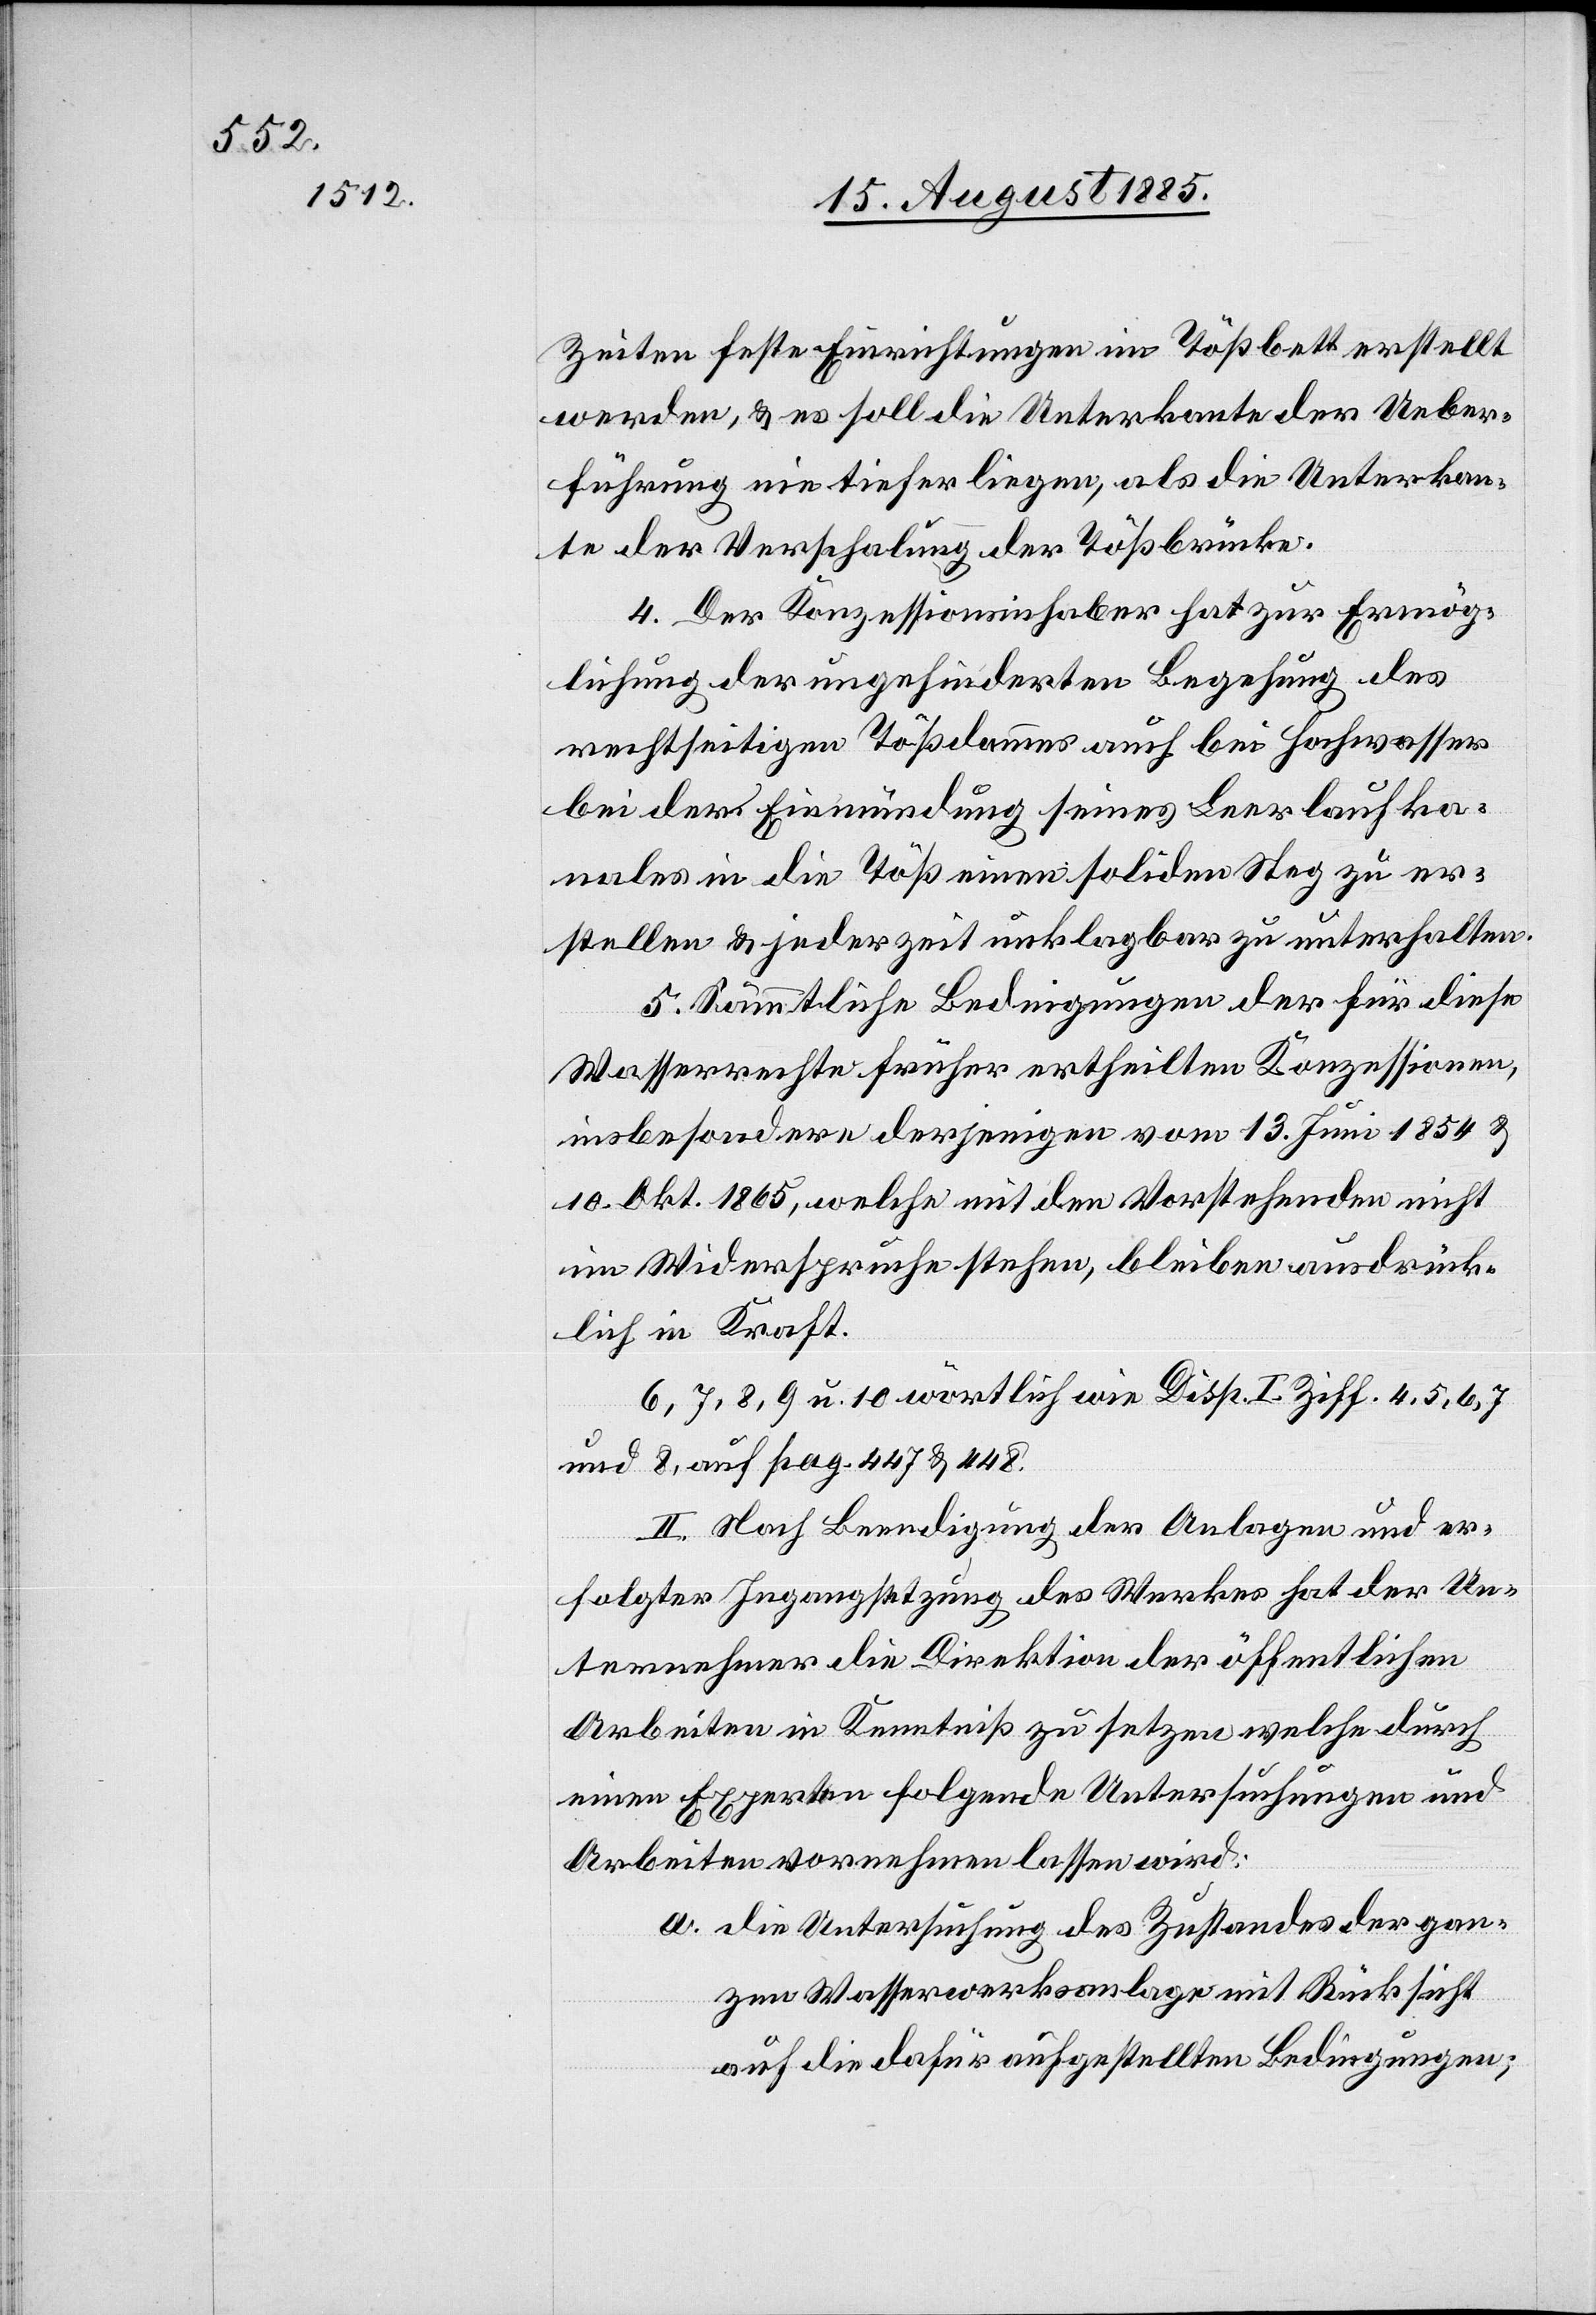
Zeiten feste Einrichtungen im Tößbett erstellt
werden, & es soll die Unterkante der Ueber¬
führung nie tiefer liegen, als die Unterkan¬
te der Verschalung der Tößbrücke.
4. Der Konzessionsinhaber hat zur Ermög¬
lichung der ungehinderten Begehung des
rechtseitigen Tößdammes auch bei Hochwasser
bei der Einmündung seines Leerlaufka¬
nales in die Töß einen soliden Steg zu er¬
stellen & jederzeit unklagbar zu unterhalten.
5. Sämmtliche Bedingungen der für diese
Wasserrecht früher ertheilten Konzessionen,
insbesondere derjenigen vom 13. Juni 1854 &
10. Okt. 1865, welche mit den Vorstehenden nicht
im Widerspruche stehen, bleiben ausdrück¬
lich in Kraft.
6, 7, 8, 9 u. 10 wörtlich wie Disp. I. Ziff. 4, 5, 6, 7,
und 8, auf pag. 447 & 448.
II. Nach Beendigung der Anlagen und er¬
folgter Ingangsetzung des Werkes hat der Un¬
ternehmer die Direktion der öffentlichen
Arbeiten in Kenntniß zu setzen welche durch
einen Experten folgende Untersuchungen und
Arbeiten vornehmen lassen wird.
a. die Untersuchung des Zustandes der gan¬
zen Wasserwerksanlage mit Rücksicht
auf die dafür aufgestellten Bedingungen;